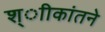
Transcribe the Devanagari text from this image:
श्ाीकांतने